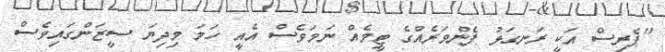
"ޕެރިސް އަކީ ރަނގަޅު ފެންވަރެއްގެ ޓީމެއް ނަމަވެސް އެއީ ހަމަ މިދިޔަ ސީޒަންގައިވެސް